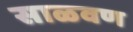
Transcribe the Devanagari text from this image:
साळवण